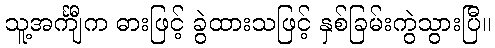
သူ့အင်္ကျီက ဓားဖြင့် ခွဲထားသဖြင့် နှစ်ခြမ်းကွဲသွားပြီ။